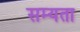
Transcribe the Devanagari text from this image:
सम्यता